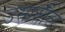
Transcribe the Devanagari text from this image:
उसातील